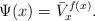
LaTeX: \begin{align*} \Psi(x)=\bar{V}^{f(x)}_{x}.\end{align*}